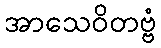
အာသေဝိတဗ္ဗံ